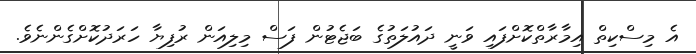
އެ މިސްކިތް އިމާރާތްކޮށްފައި ވަނީ ދައުލަތުގެ ބަޖެޓުން ފަސް މިލިއަން ރުފިޔާ ހަރަދުކޮށްގެންނެވެ.